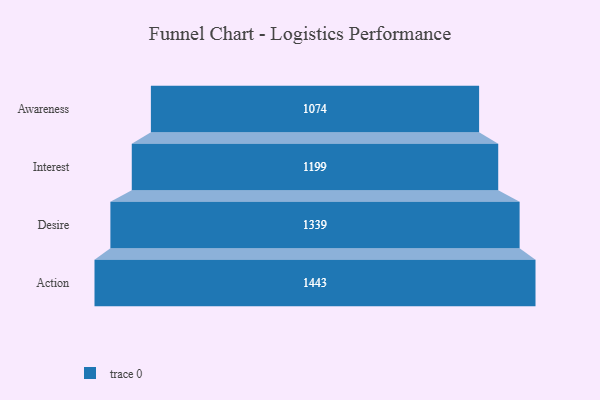
{"axis": {"x": "Stage", "y": "Value"}, "legend": [""], "data": [{"x": "Awareness", "y": 1074.0, "type": ""}, {"x": "Interest", "y": 1199.0, "type": ""}, {"x": "Desire", "y": 1339.0, "type": ""}, {"x": "Action", "y": 1443.0, "type": ""}]}